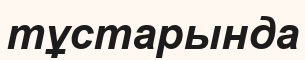
тұстарында